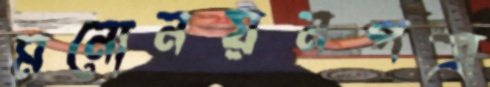
মনোনয়নপত্র